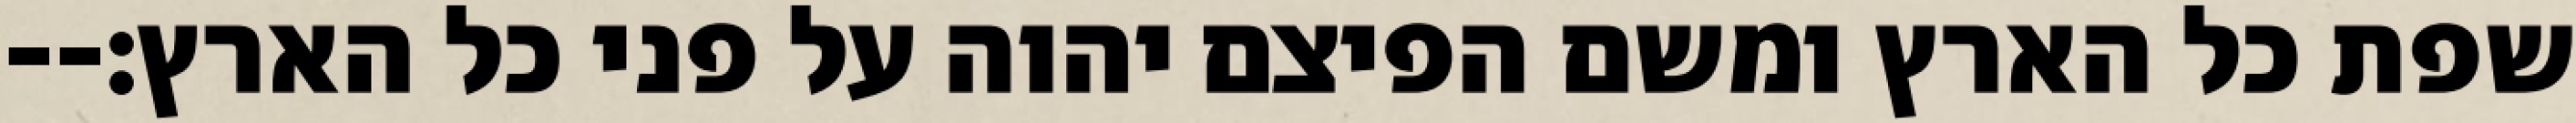
שפת כל הארץ ומשם הפיצם יהוה על פני כל הארץ׃--